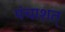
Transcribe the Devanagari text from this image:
पंचाशत्